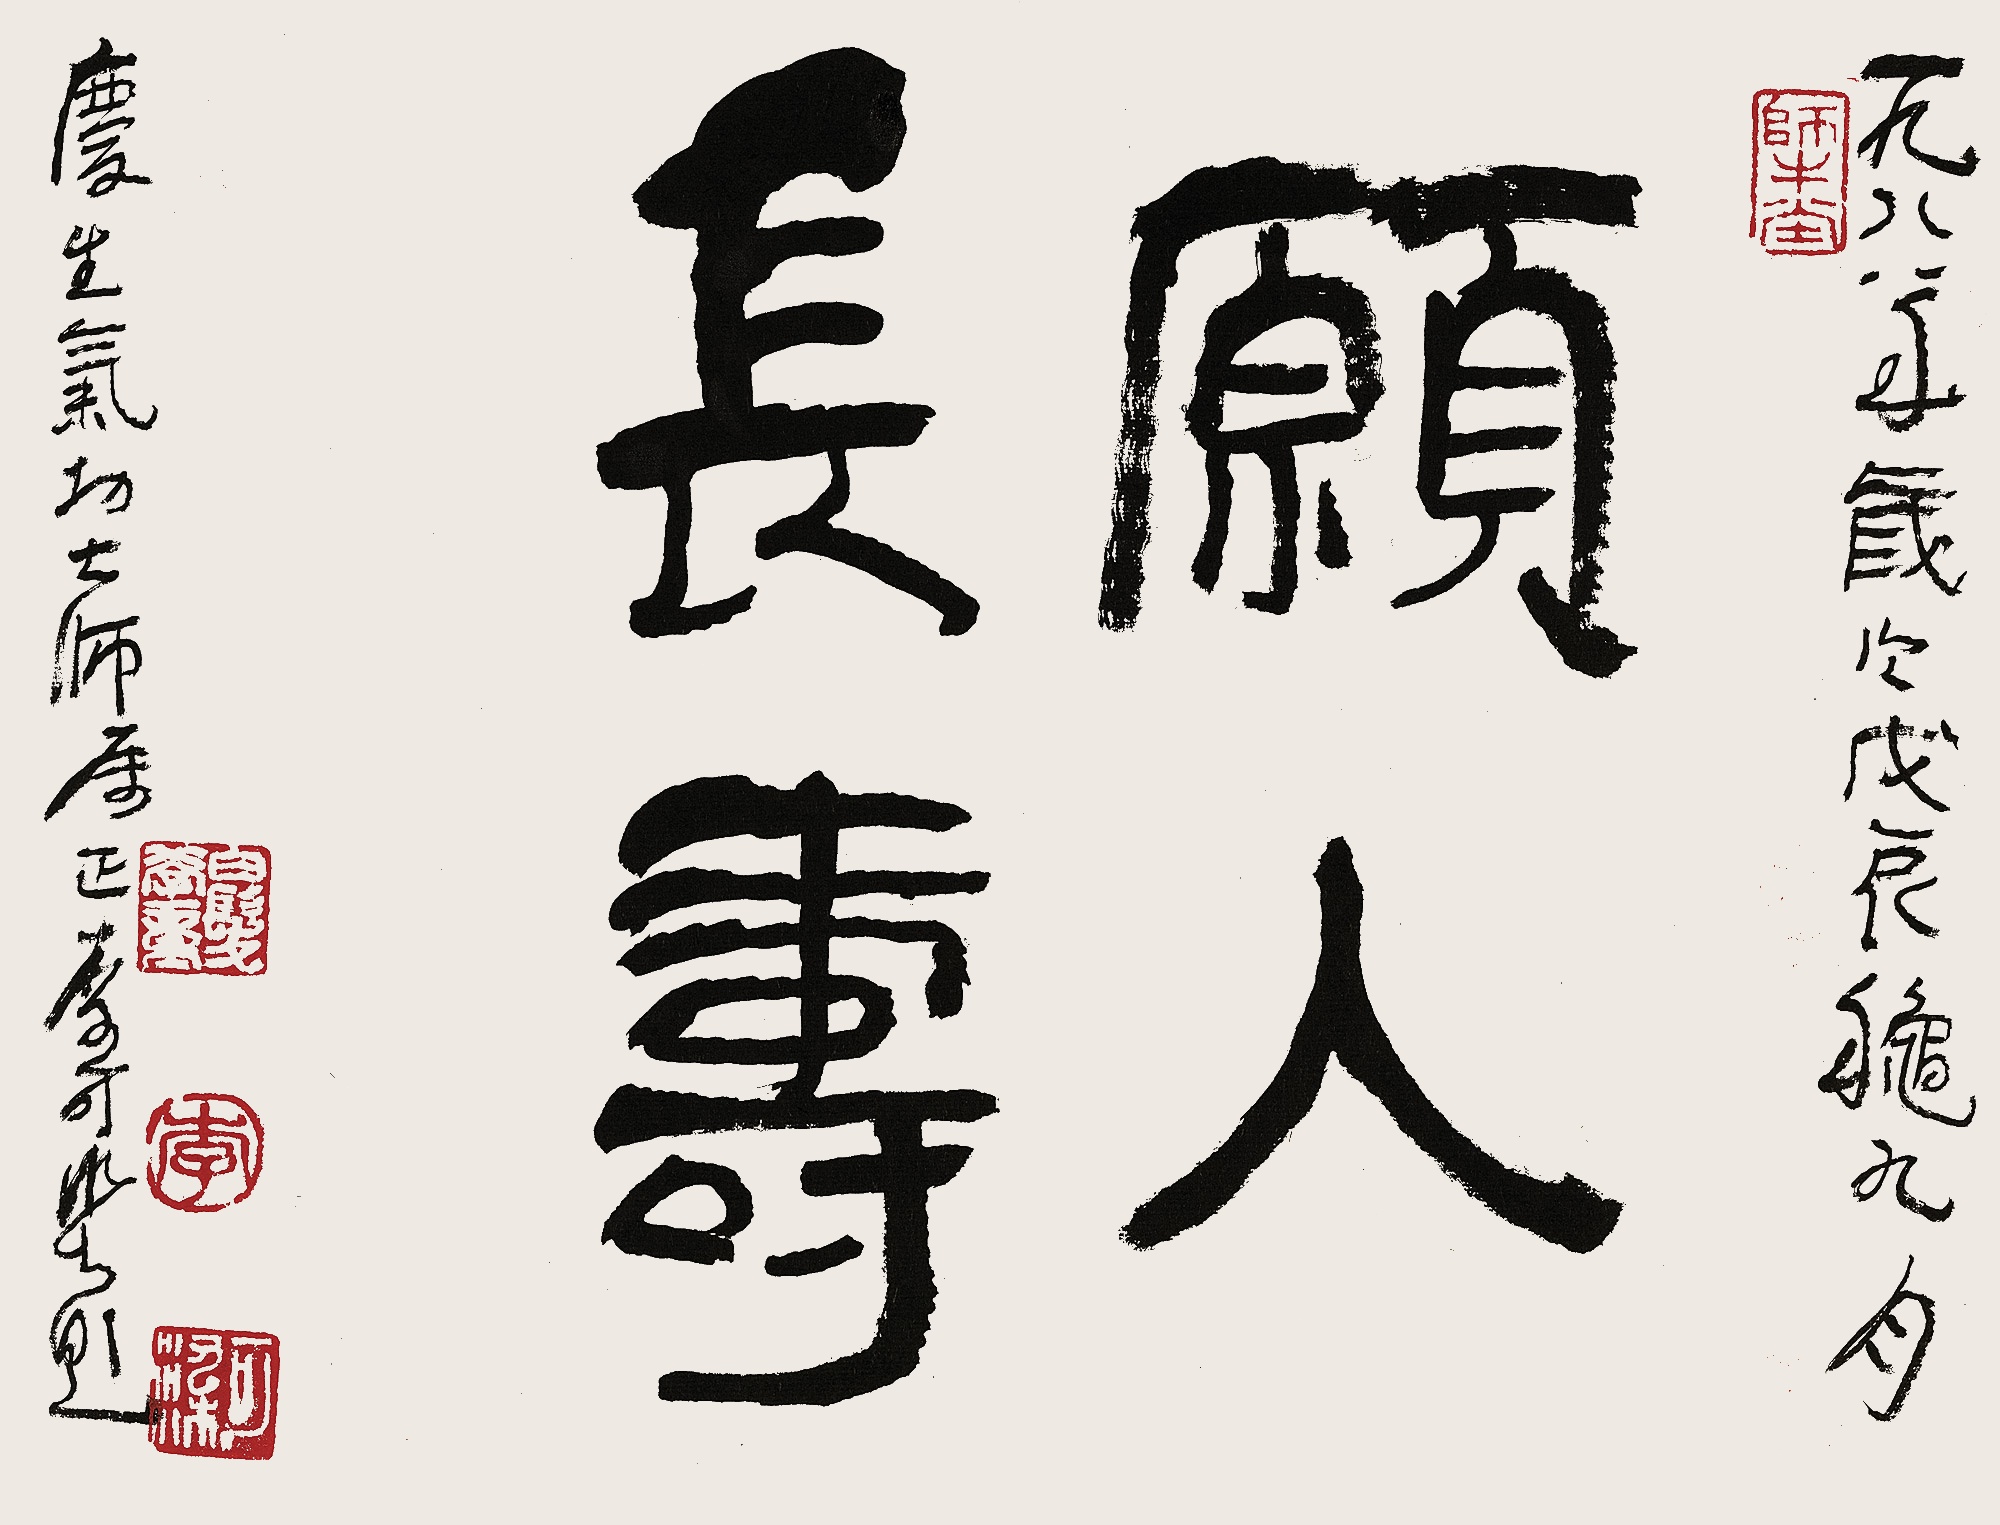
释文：愿人长寿一九八八年岁次戊辰秋九月，庆生气功大师属正。李可染题。